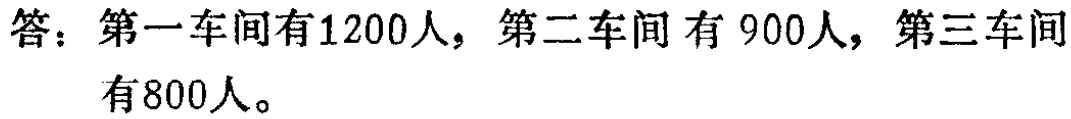
答：第一车间有1200人，第二车间有900人，第三车间有800人。